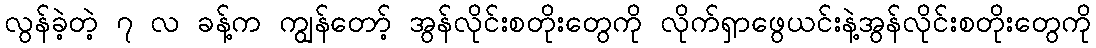
လွန်ခဲ့တဲ့ ၇ လ ခန့်က ကျွန်တော့် အွန်လိုင်းစတိုးတွေကို လိုက်ရှာဖွေယင်းနဲ့အွန်လိုင်းစတိုးတွေကို